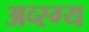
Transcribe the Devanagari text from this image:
अव्स्ग्य